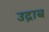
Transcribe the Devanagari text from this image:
उद्राब